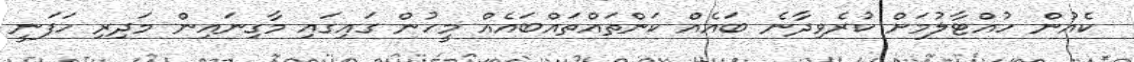
ކެއުން ހުއްޓާލުމަށް ކުރެވިދާނެ ބައެއް ކަންތައްތައްބައެއް މީހުން ގައިގައި މާގިނައިން މަދިރި ހަފަނީ